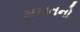
સખતનો